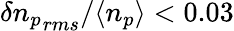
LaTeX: \delta{n_{p}}_{rms}/\langle n_{p}\rangle<0.03